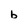
Character: b